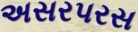
અસરપરસ